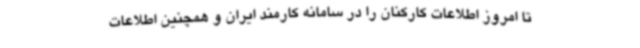
تا امروز اطلاعات کارکنان را در سامانه کارمند ایران و همچنین اطلاعات